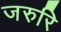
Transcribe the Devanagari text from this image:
जरुरि